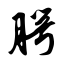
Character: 腭